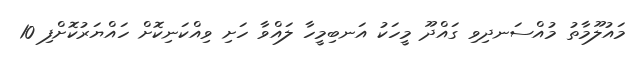
މައުލޫމާތު މުއްސަނދިވި ގައްދޫ މީހަކު އަނބިމީހާ ލައްވާ ހަށި ވިއްކަނިކޮށް ހައްޔަރުކޮށްފި 10